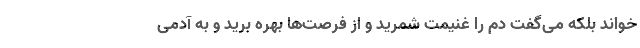
‌خواند بلکه می‌گفت دم را غنیمت شمرید و از فرصت‌ها بهره برید و به آدمی